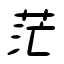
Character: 茫